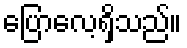
ပြောလေ့ရှိသည်။